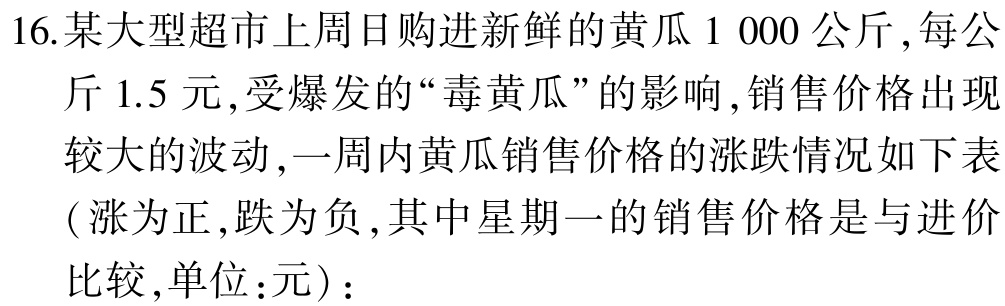
16.某大型超市上周日购进新鲜的黄瓜$1\ 000$公斤,每公斤$1.5$元,受爆发的“毒黄瓜”的影响,销售价格出现较大的波动,一周内黄瓜销售价格的涨跌情况如下表(涨为正,跌为负,其中星期一的销售价格是与进价比较,单位:元)：